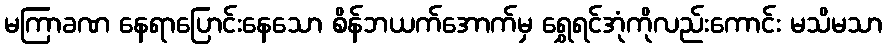
မကြာခဏ နေရာပြောင်းနေသော စိန်ဘယက်အောက်မှ ရွှေရင်အုံကိုလည်းကောင်း မသိမသာ